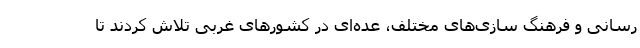
رسانی و فرهنگ سازی‌های مختلف، عده‌ای در کشورهای غربی تلاش کردند تا